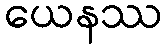
ယေနဿ